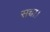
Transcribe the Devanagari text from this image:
सच्चा।